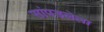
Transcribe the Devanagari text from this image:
सांपडलेला